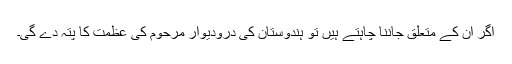
اگر ان کے متعلق جاننا چاہتے ہیں تو ہندوستان کی درودیوار مرحوم کی عظمت کا پتہ دے گی۔